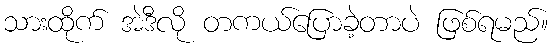
သားထိုက် အဲဒီလို တကယ်ပြောခဲ့တာပဲ ဖြစ်ရမည်။